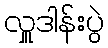
လှူဒါန်းပွဲ